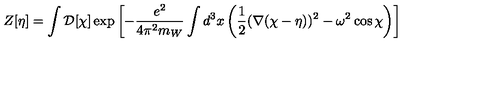
Z [ \eta ] = \int { \cal D } [ \chi ] \exp \left[ - { \frac { e ^ { 2 } } { 4 \pi ^ { 2 } m _ { W } } } \int d ^ { 3 } x \left( { \frac { 1 } { 2 } } ( \nabla ( \chi - \eta ) ) ^ { 2 } - \omega ^ { 2 } \cos \chi \right) \right]